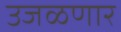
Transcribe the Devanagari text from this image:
उजळणार